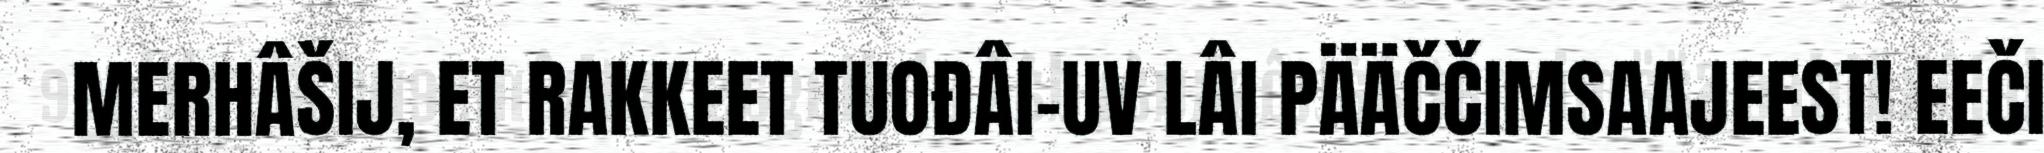
MERHÂŠIJ, ET RAKKEET TUOĐÂI-UV LÂI PÄÄČČIMSAAJEEST! EEČI